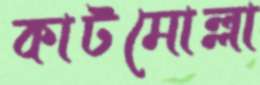
কাটমোল্লা